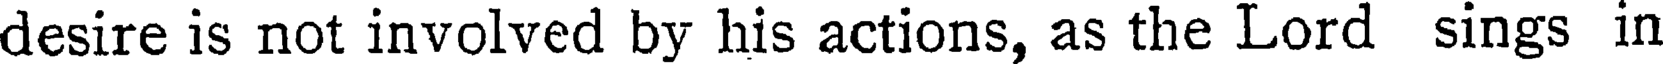
desire is not involved by his actions, as the Lord sings in